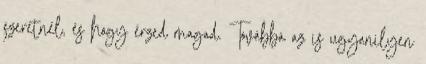
szeretnél, és hogy érzed magad. Továbbá az is ugyanilyen